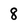
Character: 8